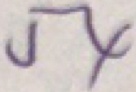
5 4